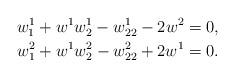
LaTeX: \begin{gather*}w^1_1+w^1w^1_2-w^1_{22}-2w^2=0,\\w^2_1+w^1w^2_2-w^2_{22}+2w^1=0.\end{gather*}